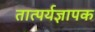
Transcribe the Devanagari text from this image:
तात्पर्यज्ञापक